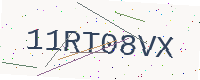
Text: 11RT08VX